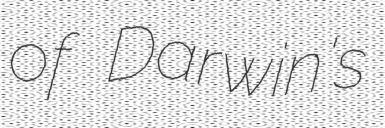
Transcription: of Darwin's